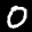
Label: 0